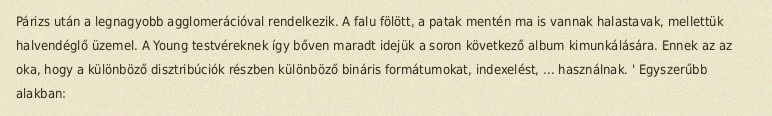
Párizs után a legnagyobb agglomerációval rendelkezik. A falu fölött, a patak mentén ma is vannak halastavak, mellettük halvendéglő üzemel. A Young testvéreknek így bőven maradt idejük a soron következő album kimunkálására. Ennek az az oka, hogy a különböző disztribúciók részben különböző bináris formátumokat, indexelést, … használnak. ' Egyszerűbb alakban: